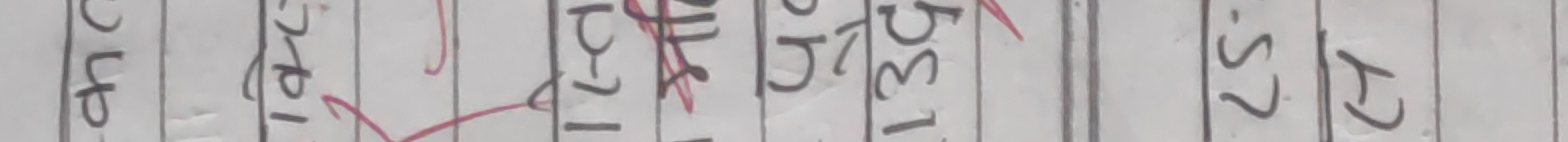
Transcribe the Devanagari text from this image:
उप ता १ भरि बै १ स? र्द